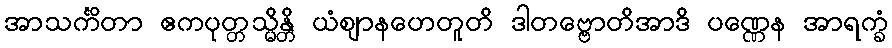
အာသင်္ကိတာ ဧကပုတ္တသ္မိန္တိ ယံဈာနဟေတူတိ ဒါတဗ္ဗောတိအာဒိ ပဏ္ဏေန အာရက္ခံ